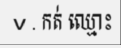
v . កត់ ឈ្មោះ